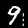
Digit: 9